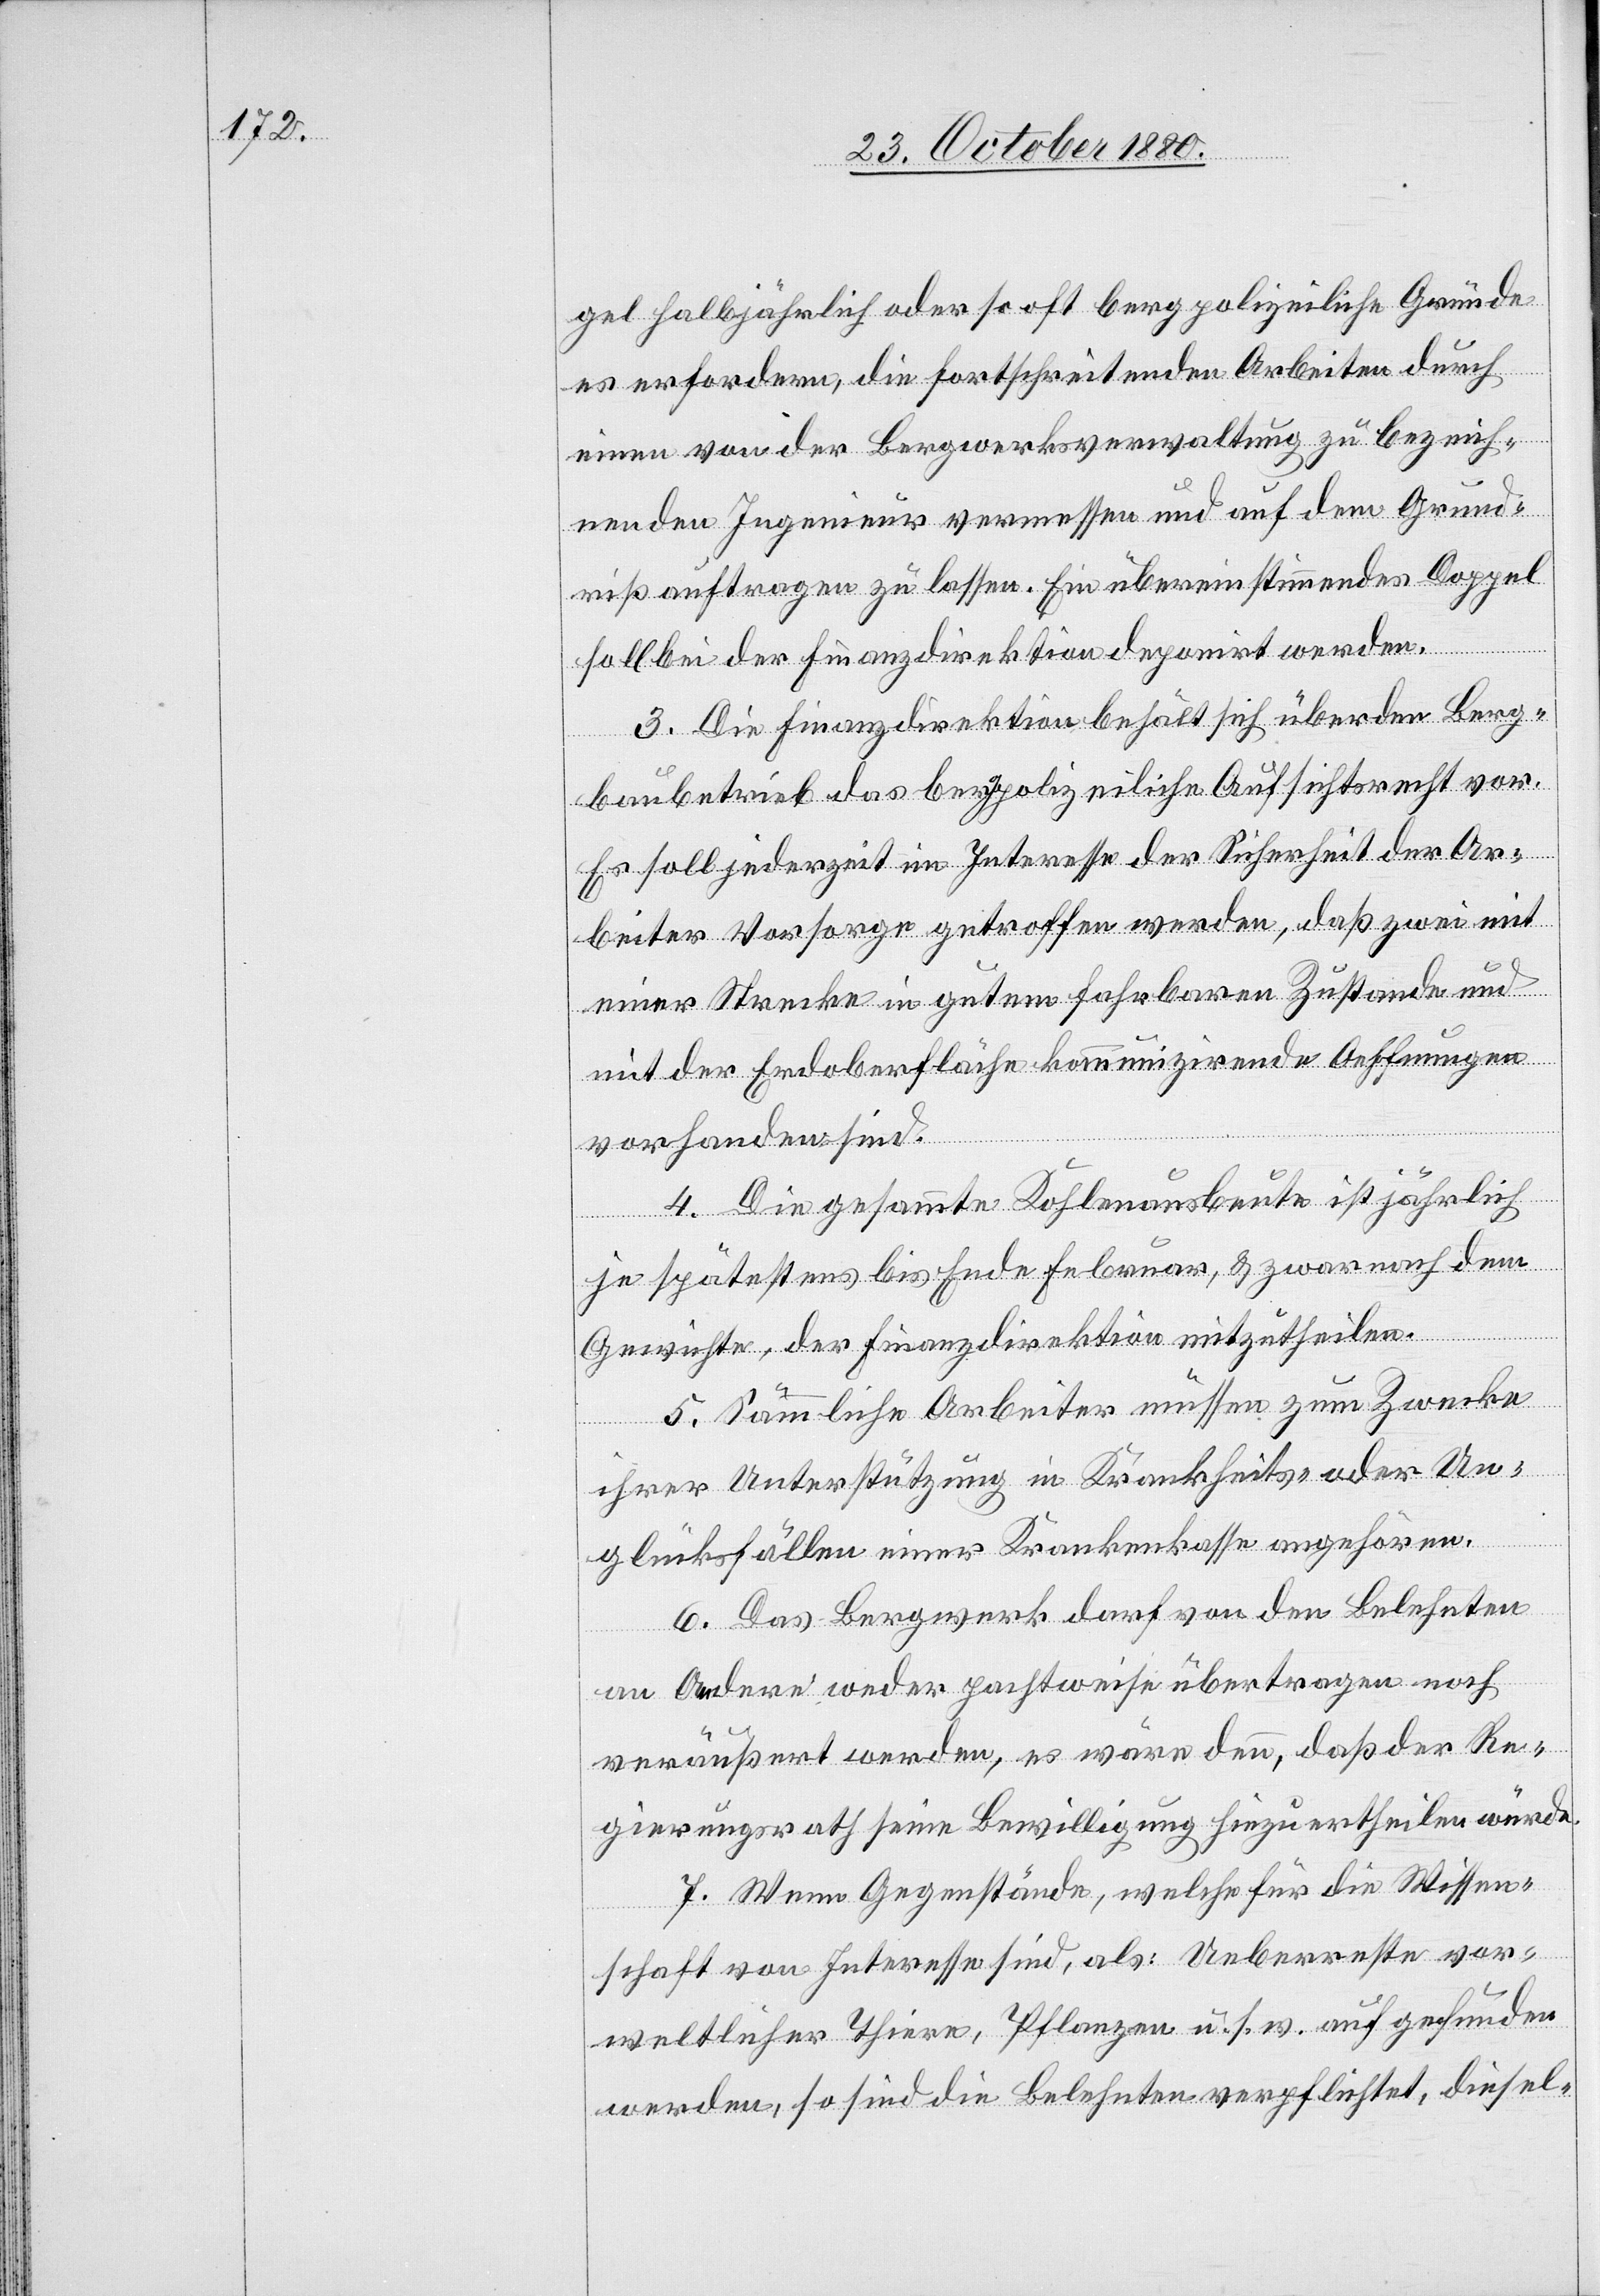
gel halbjährlich oder so oft bergpolizeiliche Gründe
es erfordern, die fortschreitenden Arbeiten durch
einen von der Bergwerksverwaltung zu bezeich¬
nenden Ingenieur vermessen und auf dem Grund¬
riß auftragen zu lassen. Ein übereinstimmendes Doppel
soll bei der Finanzdirektion deponirt werden.
3. Die Finanzdirektion behält sich über den Berg¬
baubetrieb das bergpolizeiliche Aufsichtsrecht vor.
Es soll jederzeit im Interesse der Sicherheit der Ar¬
beiter Vorsorge getroffen werde, daß zwei mit
einer Strecke in gutem fahrbaren Zustande und
mit der Erdoberfläche kommunizirende Oeffnungen
vorhanden sind.
4. Die gesammte Kohlenausbeute ist jährlich
je spätestens bis Ende Februar, & zwar nach dem
Gewichte, der Finanzdirektion mitzutheilen.
5. Sämmtliche Arbeiter müssen zum Zwecke
ihrer Unterstützung in Krankheits- oder Un¬
glücksfällen einer Krankenkasse angehören.
6. Das Bergwerk darf von den Belehnten
an Andere weder pachtweise übertragen noch
veräußert werden, es wäre denn, daß der Re¬
gierungsrath seine Bewilligung hiezu ertheilen würde.
7. Wenn Gegenstände, welche für die Wissen¬
schaft von Interesse sind, als: Ueberreste vor¬
weltlicher Thiere, Pflanzen u. s. w. aufgefunden
werden, so sind die Belehnten verpflichtet, diesel-